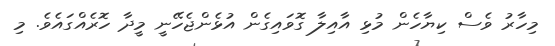
މިހާރު ވެސް ކިޔާހެން މުޅި އާއިލާ ގޮވައިގެން އުޅެންޖެހޭނީ މީދާ ހޮރެއްގައެވެ. މި